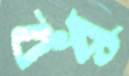
বধু